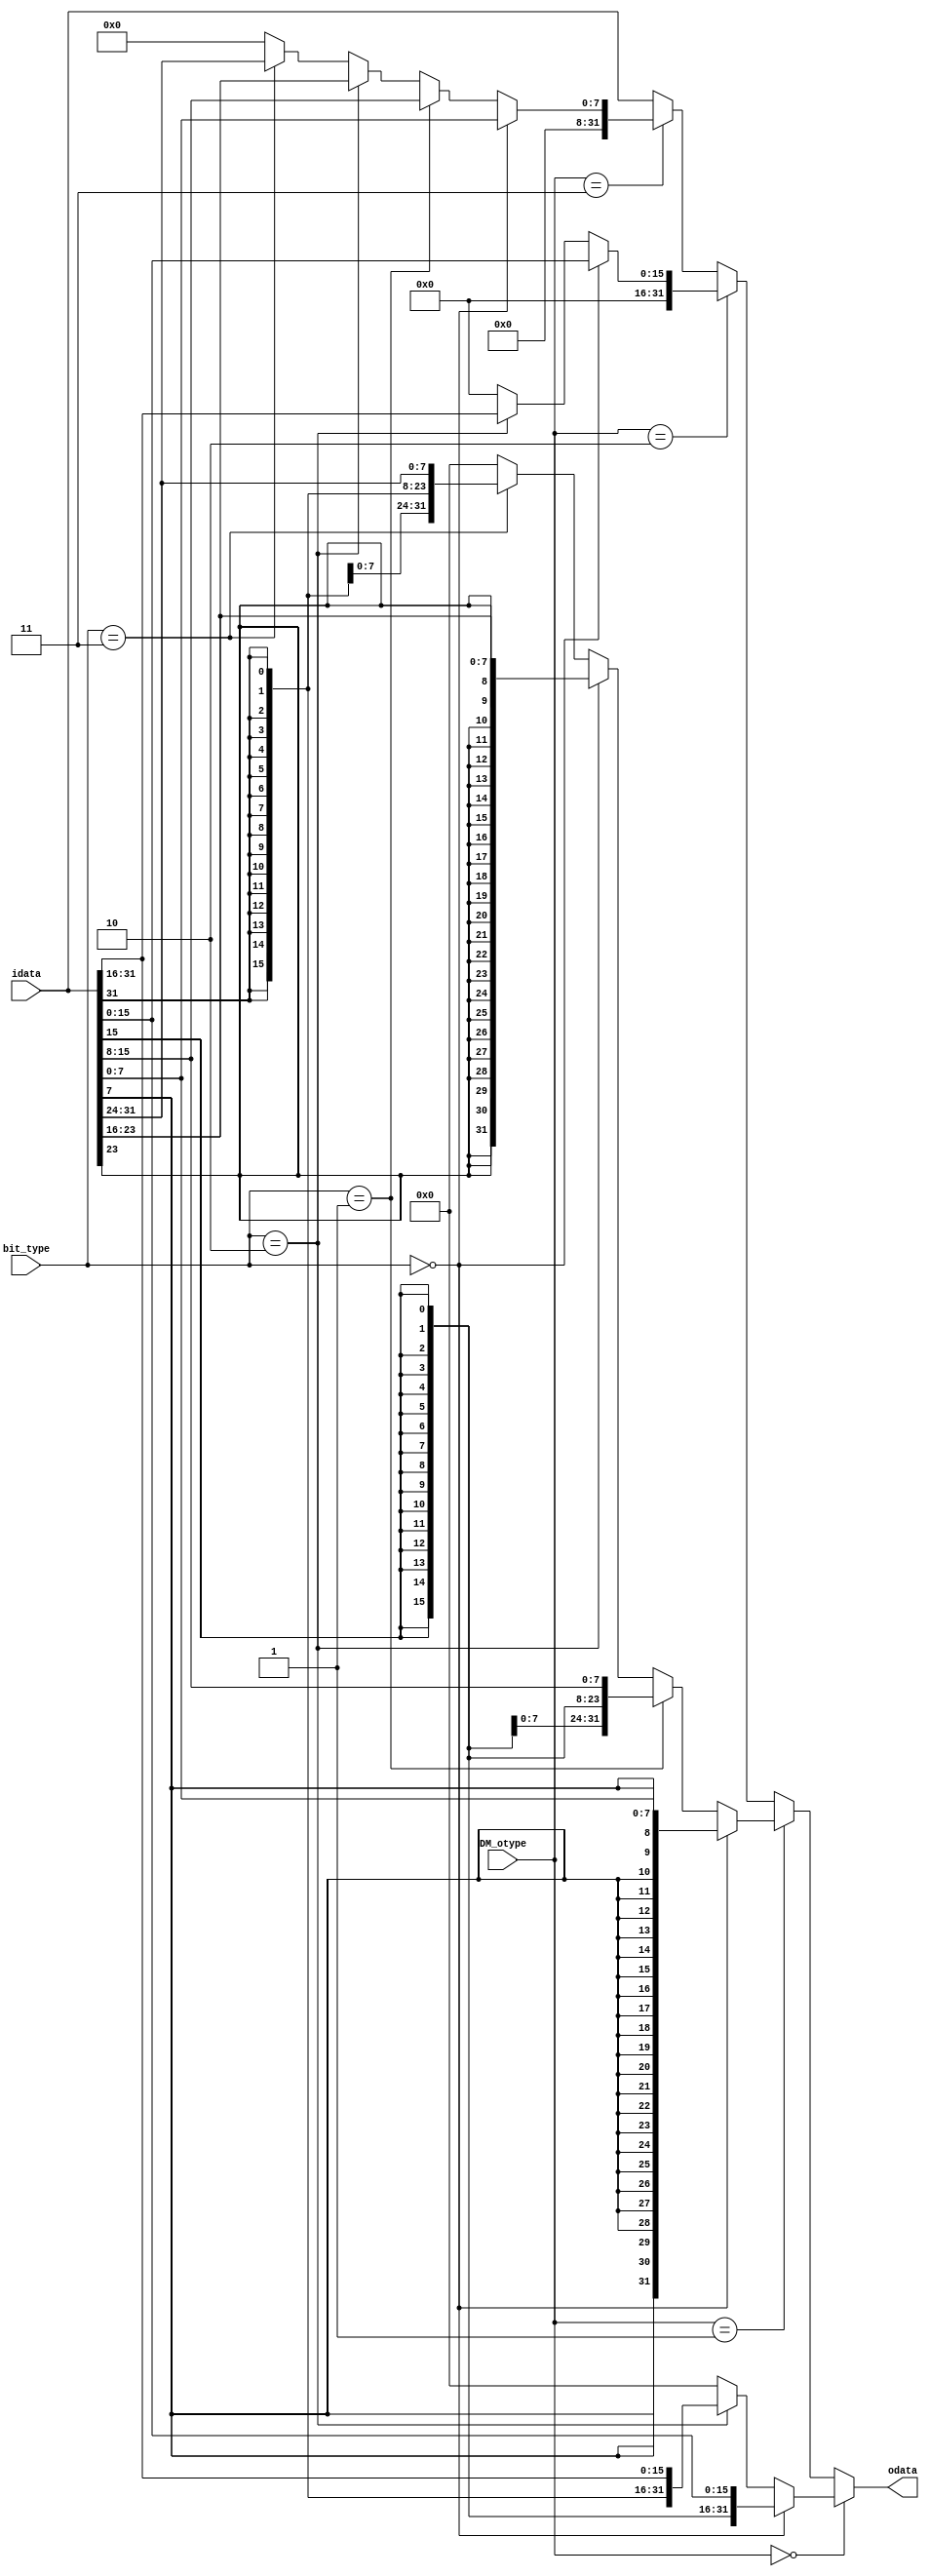
`timescale 1ns / 1ps

module CNW(
    input [1:0] bit_type,
    input [2:0] DM_otype,
    input [31:0] idata,
    output [31:0] odata
    );
    // 0-LH, 1-LB, 2-LHU, 3-LBU, default-LW
    assign odata =  (DM_otype==3'b000)?((bit_type==0)?{{16{idata[15]}}, idata[15:0]}:(bit_type==2)?{{16{idata[31]}}, idata[31:16]}:0):
                    (DM_otype==3'b001)?((bit_type==0)?{{24{idata[7]}}, idata[7:0]}:(bit_type==1)?{{24{idata[15]}}, idata[15:8]}:
                                        (bit_type==2)?{{24{idata[23]}}, idata[23:16]}:(bit_type==3)?{{24{idata[31]}}, idata[31:24]}:0):
                    (DM_otype==3'b010)?((bit_type==0)?{{16{1'b0}}, idata[15:0]}:(bit_type==2)?{{16{1'b0}}, idata[31:16]}:0):
                    (DM_otype==3'b011)?((bit_type==0)?{{24{1'b0}}, idata[7:0]}:(bit_type==1)?{{24{1'b0}}, idata[15:8]}:
                                        (bit_type==2)?{{24{1'b0}}, idata[23:16]}:(bit_type==3)?{{24{1'b0}}, idata[31:24]}:0): idata;
endmodule